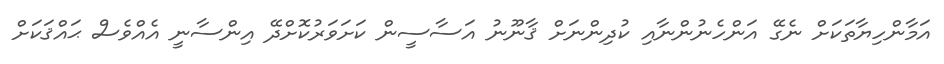
އަމާންހިޔާތަކަށް ނެގޭ އަންހެނުންނާއި ކުދިންނަށް ޤާނޫނު އަސާސީން ކަށަވަރުކޮށްދޭ އިންސާނީ އެއްވެސް ޙައްޤަކަށް